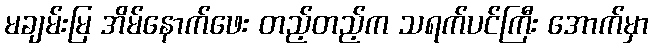
မချမ်းမြ အိမ်နောက်ဖေး တည့်တည့်က သရက်ပင်ကြီး အောက်မှာ